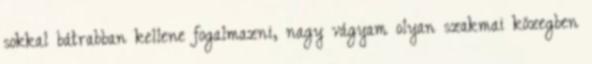
sokkal bátrabban kellene fogalmazni, nagy vágyam olyan szakmai közegben